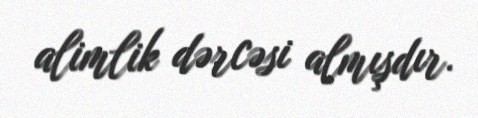
alimlik dərcəsi almışdır.